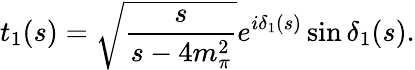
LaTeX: t_{1}(s)=\sqrt{\frac{s}{s-4m_{\pi}^{2}}}e^{i\delta_{1}(s)}\sin\delta_{1}(s).